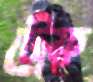
ট্রেফ